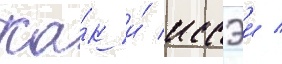
Ка́к и́ иссэи /